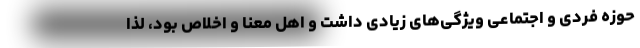
حوزه فردی و اجتماعی ویژگی‌های زیادی داشت و اهل معنا و اخلاص بود، لذا